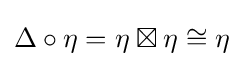
\Delta \circ \eta =\eta \boxtimes \eta \cong \eta